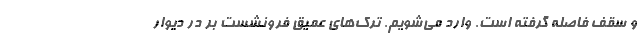
و سقف فاصله گرفته است. وارد می‌شویم. ترک‌های عمیق فرونشست بر در دیوار